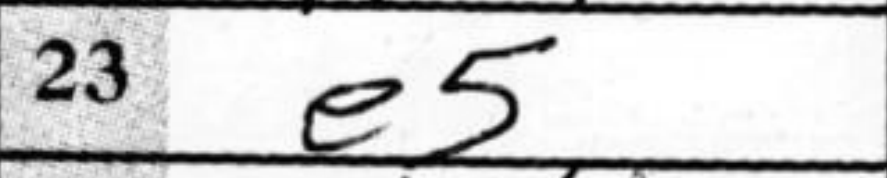
Transcription: e5